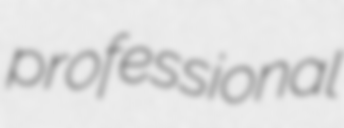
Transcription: professional